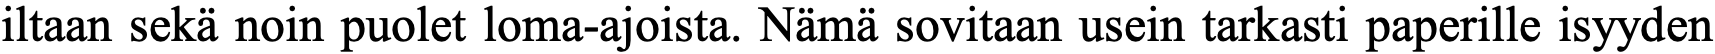
iltaan sekä noin puolet loma-ajoista. Nämä sovitaan usein tarkasti paperille isyyden